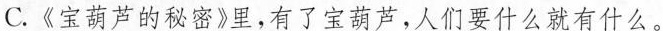
C.《宝葫芦的秘密》里，有了宝葫芦，人们要什么就有什么。